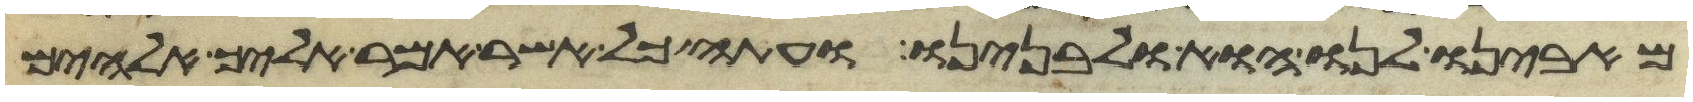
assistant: מאבינו לנו הוא ולבנינו ועתה כל אשר אמר אליך אלהים